Source: Handwritten
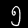
Digit: ၅ (5)